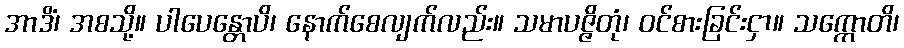
အာဒိံ၊ အစသို့။ ပါပေန္တောပိ၊ နောက်စေလျက်လည်း။ သမာပဇ္ဇိတုံ၊ ဝင်စားခြင်းငှာ။ သက္ကောတိ၊